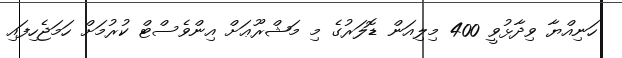
ހަނިއްޔާ ވިދާޅުވީ 400 މިލިއަން ޑޮލަރުގެ މި މަޝްރޫޢަށް އިންވެސްޓް ކުރުމަށް ހަމަޖެހިފައި